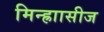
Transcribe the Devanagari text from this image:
मिन्ह्राासीज